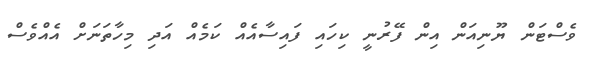
ވެސްޓަން ޔޫނިއަން އިން ފޭރުނީ ކިހައި ފައިސާއެއް ކަމެއް އަދި މިހާތަނަށް އެއްވެސް